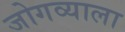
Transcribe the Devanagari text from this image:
जोगव्याला